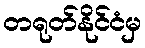
တရုတ်နိုင်ငံမှ